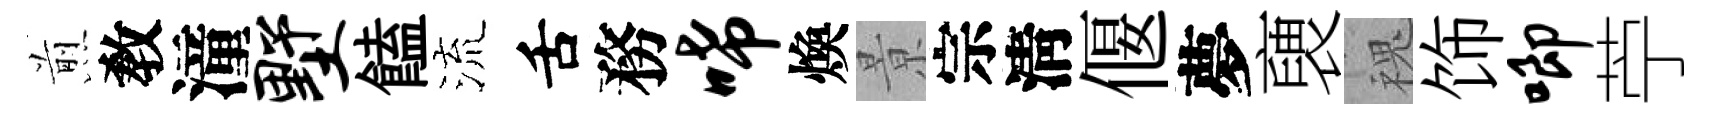
煎敎潼墅饁流舌務唏煥㬌宗淸偃夢褏槐饰唧苧